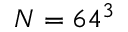
N = 6 4 ^ { 3 }